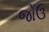
જોઉ